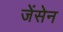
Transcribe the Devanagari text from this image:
जेंसेन